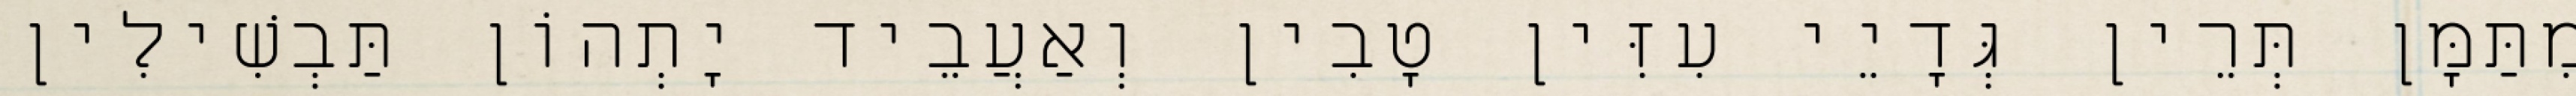
מִתַּמָּן תְּרֵין גְּדָיֵי עִזִּין טָבִין וְאַעֲבֵיד יָתְהוֹן תַּבְשִׁילִין